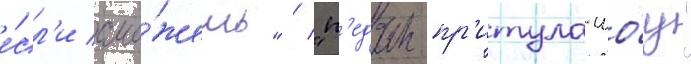
е́сл'и смо́жешь" / "п'едан-пр'итула-шо́у"